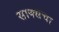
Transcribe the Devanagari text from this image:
साक्सचा